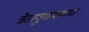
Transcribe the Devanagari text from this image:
त्रेतायुगाचाकाळ